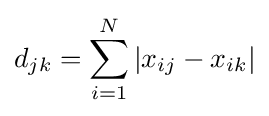
d_{jk}=\sum _{i=1}^{N}|x_{ij}-x_{ik}|